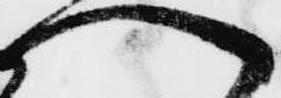
へ